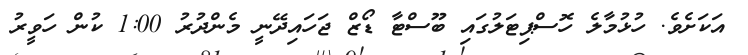
އަކަށެވެ. ހުޅުމާލެ ހޮސްޕިޓަލުގައި ބޫސްޓާ ޑޯޒް ޖަހައިދޭނީ މެންދުރު 1:00 ކުން ހަވީރު